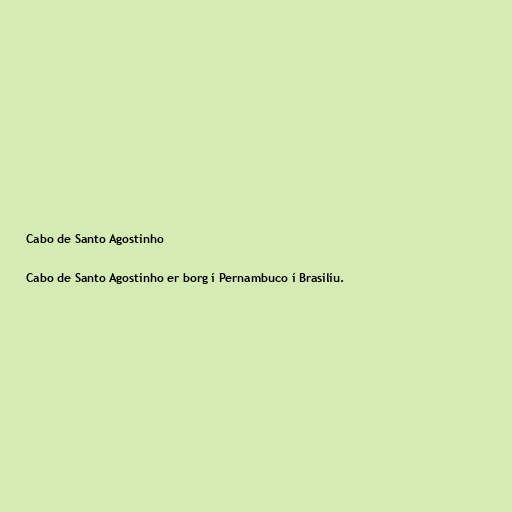
Cabo de Santo Agostinho

Cabo de Santo Agostinho er borg í Pernambuco í Brasilíu.